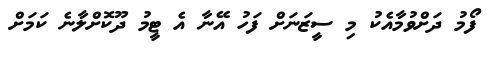
ފޯމު ދަށްވުމާއެކު މި ސީޒަނަށް ފަހު އޭނާ އެ ޓީމު ދޫކޮށްލާނެ ކަމަށް